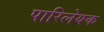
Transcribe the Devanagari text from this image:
पारिलेयक